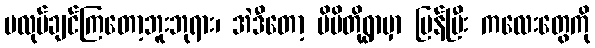
မလုပ်ချင်ကြတော့ဘူးဘုရား၊ အဲဒီတော့ မိမိတို့ရွာမှာ ပြန်ပြီး ကလေးတွေကို